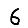
Digit: 6